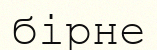
бірне